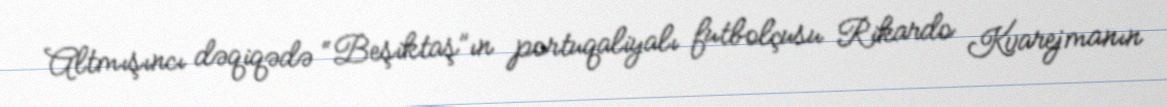
Altmışıncı dəqiqədə “Beşiktaş”ın portuqaliyalı futbolçusu Rikardo Kvarejmanın